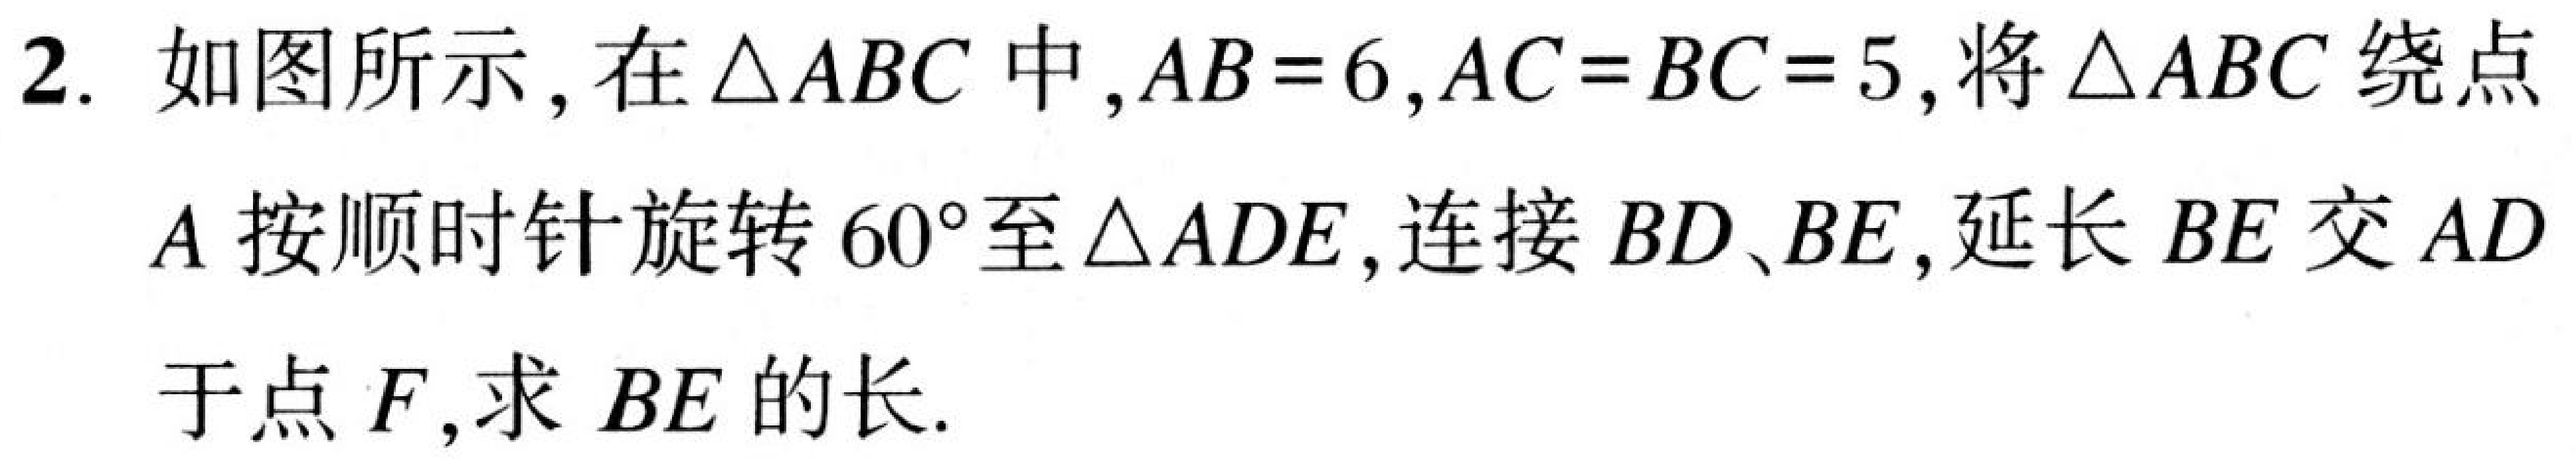
2. 如图所示，在\(\triangle ABC\)中，\(AB = 6\)，\(AC = BC = 5\)，将\(\triangle ABC\)绕点\(A\)按顺时针旋转\(60^{\circ}\)至\(\triangle ADE\)，连接\(BD\)、\(BE\)，延长\(BE\)交\(AD\)于点\(F\)，求\(BE\)的长.